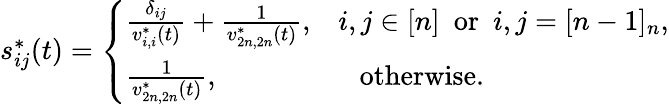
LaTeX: \begin{array}{r}{s_{ij}^{*}(t)=\left\{ \begin{array}{ll}{\frac{\delta_{ij}}{v_{i,i}^{*}(t)}+\frac{1}{v_{2n,2n}^{*}(t)},}&{i,j\in[n]~~\mathrm{or}~~i,j=[n-1]_{n},}\\ {\frac{1}{v_{2n,2n}^{*}(t)},}&{~~~\mathrm{otherwise}.}\end{array}\right.}\end{array}